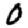
Digit: 0